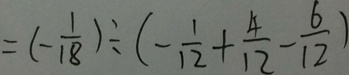
= ( - \frac { 1 } { 1 8 } ) \div ( - \frac { 1 } { 1 2 } + \frac { 4 } { 1 2 } - \frac { 6 } { 1 2 } )